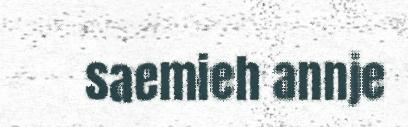
saemieh annje